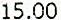
15.00